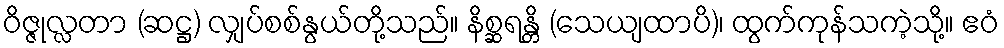
ဝိဇ္ဇုလ္လတာ (ဆဋ္ဌ) လျှပ်စစ်နွယ်တို့သည်။ နိစ္ဆရန္တိ (သေယျထာပိ)၊ ထွက်ကုန်သကဲ့သို့။ ဧဝံ